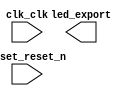

module Lab5_nios (
	clk_clk,
	led_export,
	reset_reset_n);	

	input		clk_clk;
	output	[7:0]	led_export;
	input		reset_reset_n;
endmodule